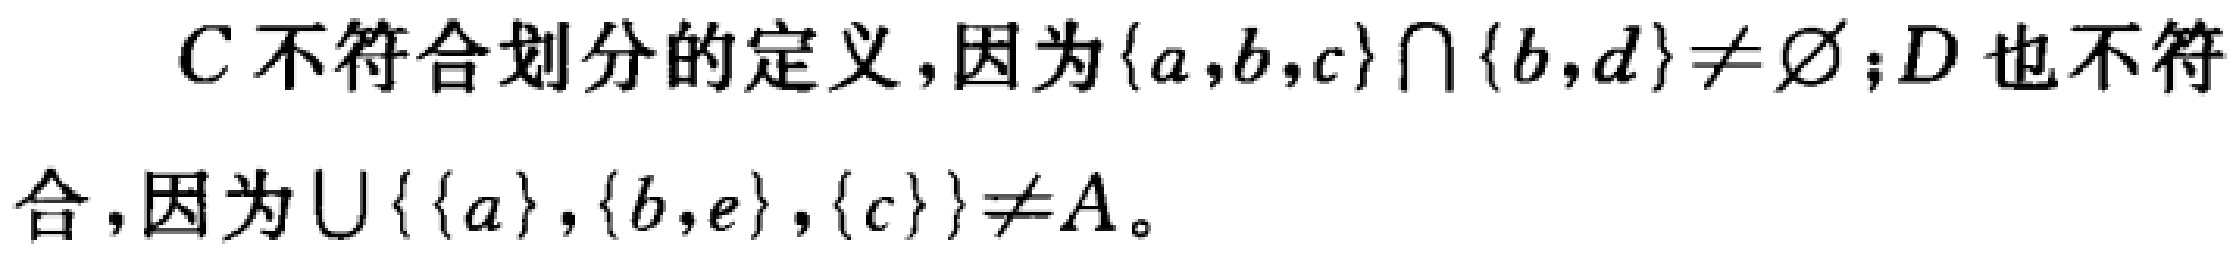
$C$不符合划分的定义,因为$\{a,b,c\} \cap \{b,d\} \neq \varnothing$;$D$也不符合,因为$\bigcup\{\{a\},\{b,e\},\{c\}\} \neq A$。